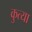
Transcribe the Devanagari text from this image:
कुत्या